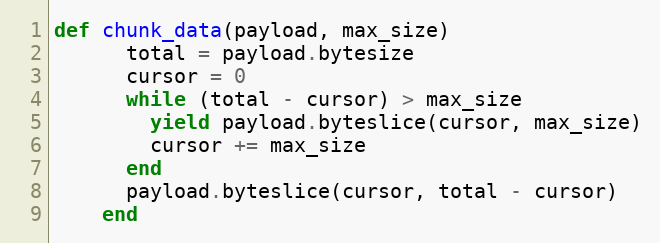
Language: Ruby
def chunk_data(payload, max_size)
      total = payload.bytesize
      cursor = 0
      while (total - cursor) > max_size
        yield payload.byteslice(cursor, max_size)
        cursor += max_size
      end
      payload.byteslice(cursor, total - cursor)
    end